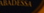
ABADESSA